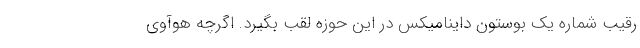
رقیب شماره یک بوستون داینامیکس در این حوزه لقب بگیرد. اگرچه هوآوی